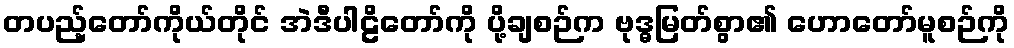
တပည့်တော်ကိုယ်တိုင် အဲဒီပါဠိတော်ကို ပို့ချစဉ်က ဗုဒ္ဓမြတ်စွာ၏ ဟောတော်မူစဉ်ကို